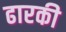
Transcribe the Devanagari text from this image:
ढारकी